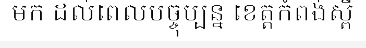
មក ដល់ពេលបច្ចុប្បន្ន ខេត្តកំពង់ស្ពឺ